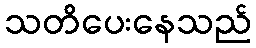
သတိပေးနေသည်